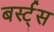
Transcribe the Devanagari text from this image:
बर्स्ट्‌स